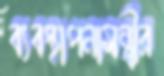
ব্যবস্থাপনামন্ত্রীর